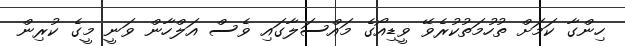
ހިންގާ ކަމަށް ތުހުމަތުކުރެވޭ ވީޑިއޯގެ މައްސަލާގައި ވެސް އަލްހާން ވަނީ މީގެ ކުރިން